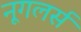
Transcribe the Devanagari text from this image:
नूगलर्स